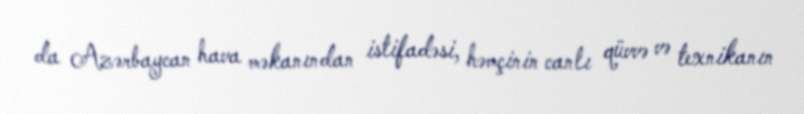
da Azərbaycan hava məkanından istifadəsi, həmçinin canlı qüvvə və texnikanın